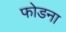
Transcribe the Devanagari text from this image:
फोडना